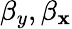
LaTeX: \beta_{y},\beta_{\mathbf{x}}